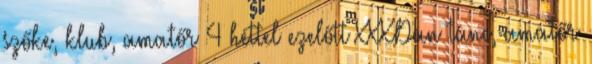
szőke, klub, amatőr 4 héttel ezelőtt XXXDan tánc, amatőr